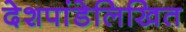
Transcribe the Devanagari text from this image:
देशपांडेलिखित